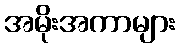
အမိုးအကာများ